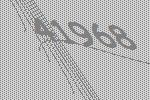
41968